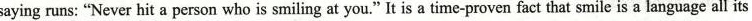
saying runs: “Never hit a person who is smiling at you.”It is a time-proven fact that smile is a language all its